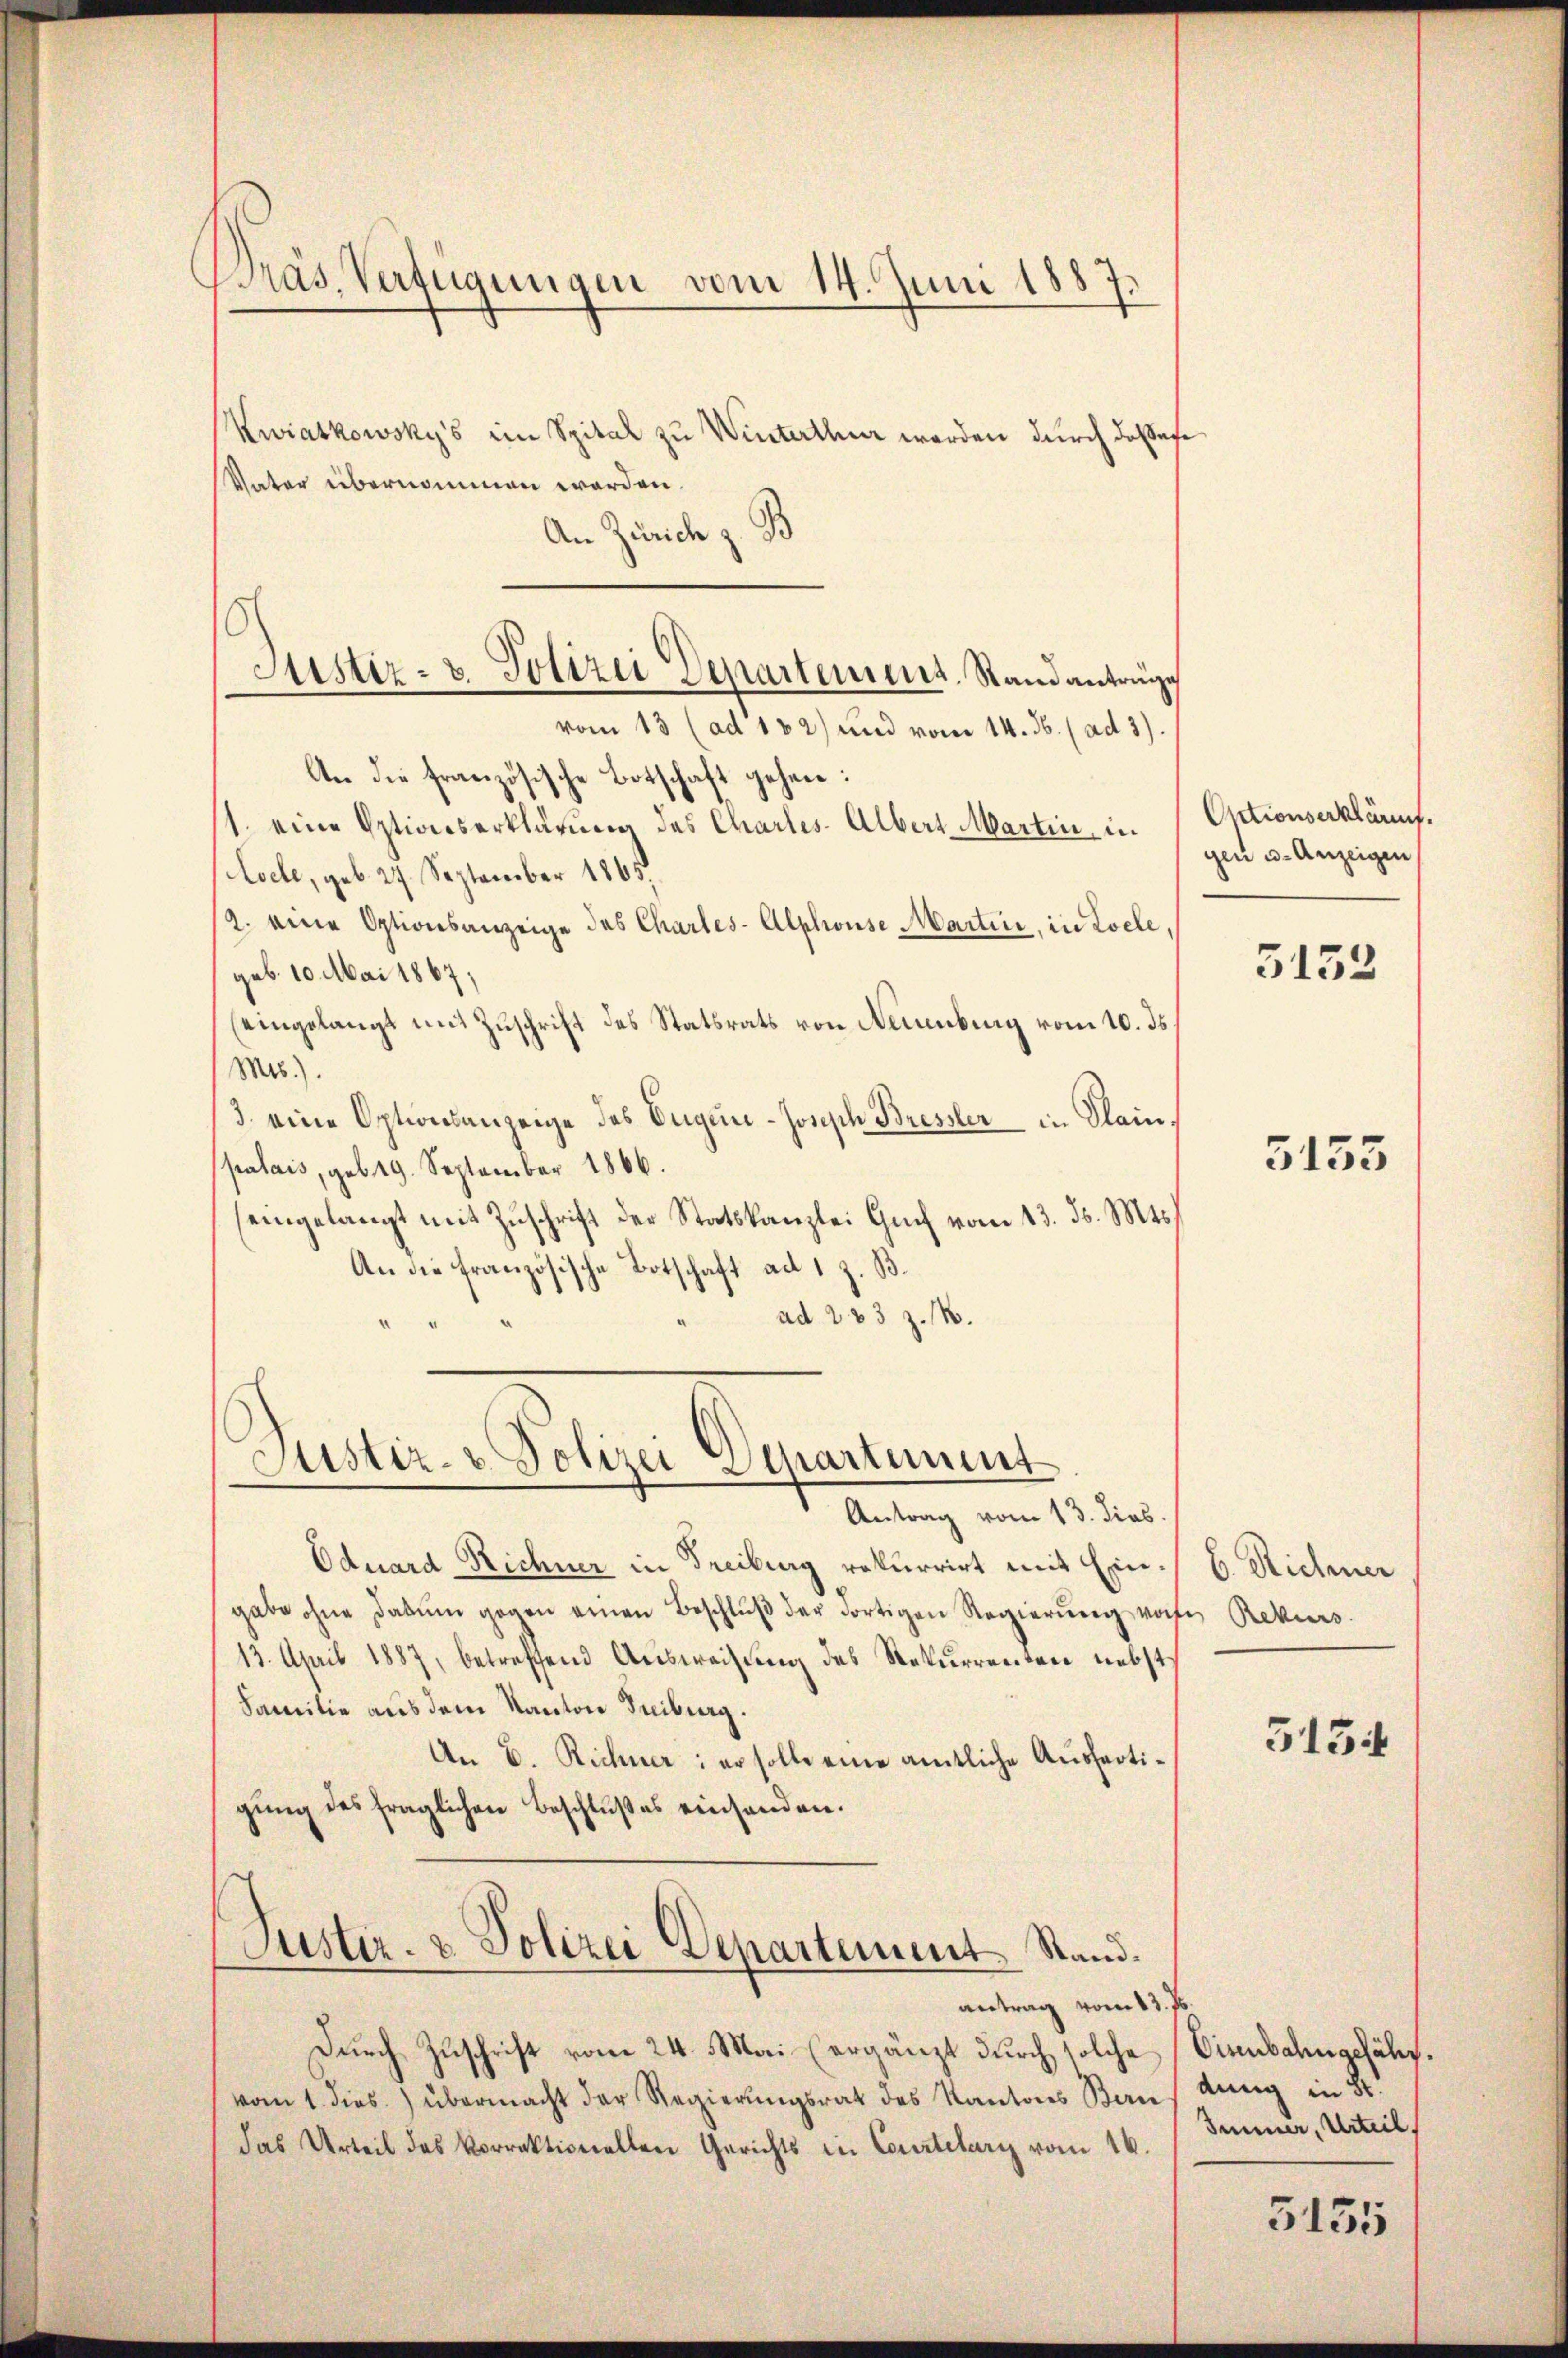
Bräs. Verfügungen vom 14. Juni 1887.

Justiz- & Polizei Departement, Standantrage

Kwiatkowsky's im Spital zu Winterther werden durch dassese
Vater übernommen worden.
An Zürich z. B
vom 13 (ad 182) und vom 14. ds. (ad 3).
An die französische Botschaft gehen:
1. eine Optionserklärung des Chartes Albert Martin u. Optionserkläruf.
octe, geb. 24. September 1865.
/2. eine Optionsanzeige des Charles-Alphonse Martin, in Loele,
geb. 10. Mai 1867;
(eingelangt mit Zuschrift des Statsrats von Naumburg vom 10. ds.
Mes.).
3. eine Optionsanzeige des Eugen-Jonisch Bressler in Plain.
palais, geb. 19. September 1866.
eingelangt mit Zuschrift der Statskanzlei Guch vom 13. ds. Mts
An die französische Botschaft ad 1 z. B.
ad 283 Z. 11.

Justiz- & Polizei Departement

Antrag vom 13. dies
Oduard Richner in Freiburg rekurrirt mit Eingabe ohne darŭm gegen einen Beschlŭβ der dortigen Regierŭng vorte Rekurs
13. April 1887, betreffend Ausweisung des Rekurrenten nebst
Familie aus dem Kanton Treiburg.
An E. Richner: er solle eine amtliche Ausfertigung des fraglichen Beschlußes einsenden.
Justiz- & Polizei Departement. Stand.
antrag vom 13. Js.
Durch Zuschrift vom 24. Mai (ergänzt durch solche
vom 1. dies.) übermacht der Regierungsrat des Kantons Ban
das Urteil des Vorrektionellen Gerichts in Courtelary vom 16.

gen u. Anzeigen

3152

5133

6. Richner
5154

Eisenbahngefähr.
dung in St.
Immer, Urteil
5155